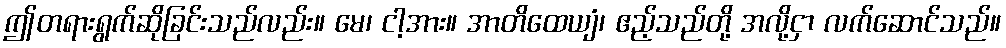
ဤတရားရွက်ဆိုခြင်းသည်လည်း။ မေ၊ ငါ့အား။ အာတိထေယျံ၊ ဧည့်သည်တို့ အလို့ငှာ လက်ဆောင်သည်။